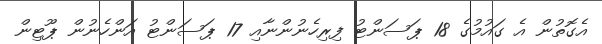
އެގޮތުން އެ ގައުމުގެ 18 ޕަސަންޓު ފިރިހެނުންނާއި 17 ޕަސަންޓު އަންހެނުން ޕޫޓިން